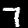
Digit: 7